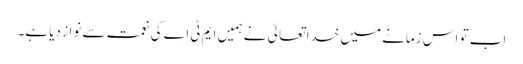
اب تو اس زمانے میں خدا تعالیٰ نے ہمیں ایم ٹی اے کی نعمت سے نواز دیا ہے۔